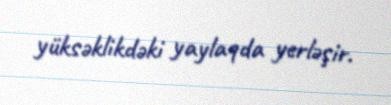
yüksəklikdəki yaylaqda yerləşir.